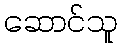
ဆောင်သူ